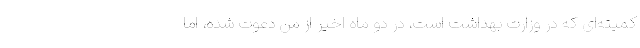
کمیته‌ای که در وزارت بهداشت است، در دو ماه اخیر از من دعوت شده، اما